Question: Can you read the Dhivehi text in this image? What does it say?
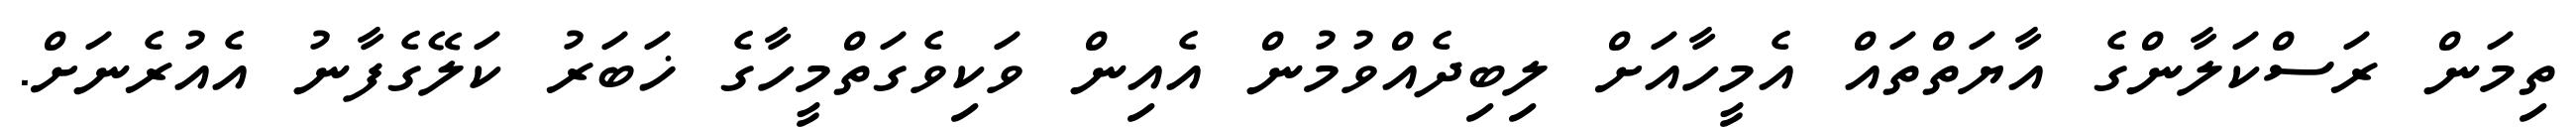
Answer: ތިމަން ރަސްކަލާންގެ އާޔަތްތައް އެމީހާއަށް ލިބިދެއްވުމުން އެއިން ވަކިވެގަތްމީހާގެ ޚަބަރު ކަލޭގެފާނު އެއުރެނަށް.